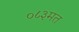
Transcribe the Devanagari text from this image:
०८३मत